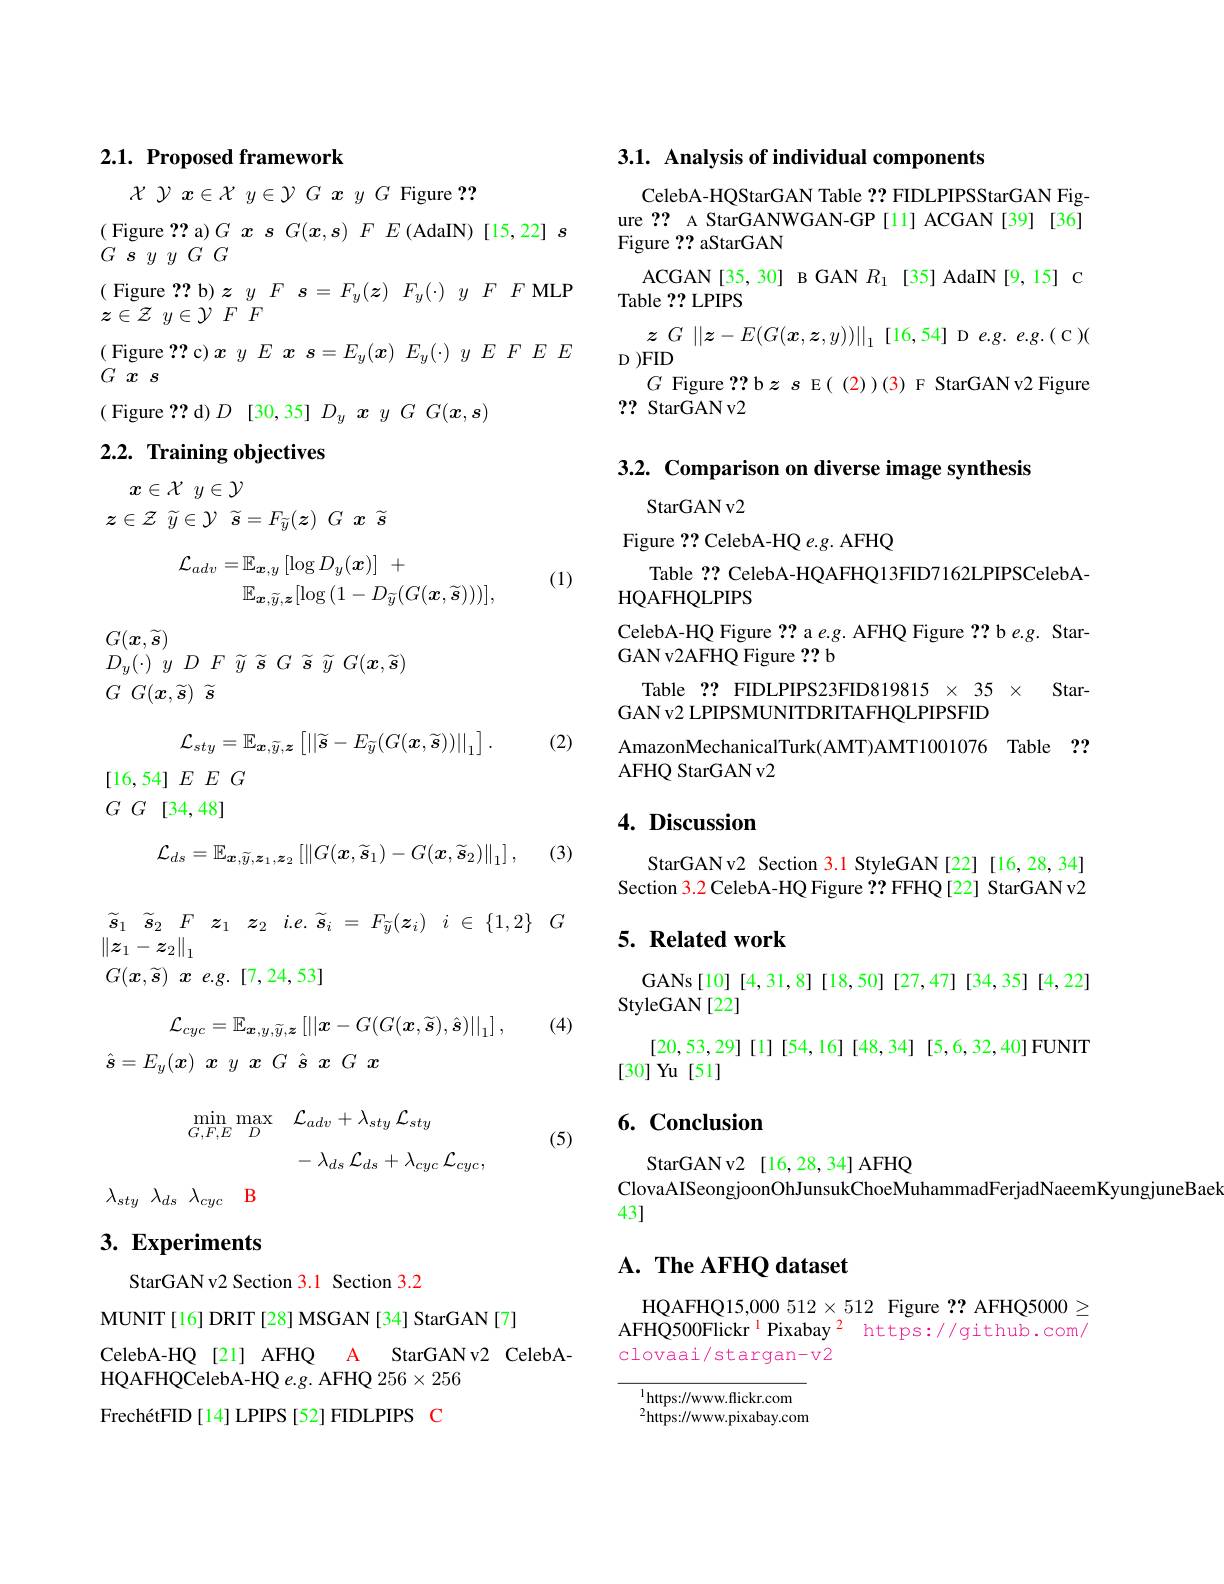
# 2.1. Proposed framework

$\chi$ $\gamma$ $x\in \mathcal{X}$ $y\in \mathcal{Y}$ $G$ $x$ $y$ $G$ Figure ??
( Figure ?? a) $G\textbf{xs}G( \boldsymbol{x}, \boldsymbol{s}) \textit{ F E ( AdaIN) [ 15, 22] }\boldsymbol{s}$
$\overset {\smile }{\operatorname* { G} }\overset {s}{\operatorname* { s} }y$ $y$ $G^{^{\prime }}G$
( Figure ?? b) $zyF\boldsymbol{s}=F_y(\boldsymbol{z})F_y(\cdot)yFF$ MLP
$z\in \mathcal{Z}$ $y\in \mathcal{Y}$ $F$ $F$
( Figure ?? c) $xyE\boldsymbol{x}s= E_y( \boldsymbol{x}) E_y( \cdot )$ yEFEE
Gxs
( Figure ?? d)$D$ [30,35] $D_y\textbf{x}y\textit{G G}( \boldsymbol{x}, \boldsymbol{s})$

## $2. 2. \textbf{Training objectives}$
$$\begin{aligned}&x\in\mathcal{X}\:y\in\mathcal{Y}\\&\in\mathcal{Z}\:\widetilde{y}\in\mathcal{Y}\:\widetilde{s}=F_{\widetilde{y}}(\boldsymbol{z})\:G\:\boldsymbol{x}\:\widetilde{s}\\&\mathcal{L}_{adv}=\mathbb{E}_{\boldsymbol{x},y}\left[\log D_{y}(\boldsymbol{x})\right]\:+\\&\mathbb{E}_{\boldsymbol{x},\widetilde{y},\boldsymbol{z}}[\log{(1-D_{\widetilde{y}}(G(\boldsymbol{x},\widetilde{\boldsymbol{s}})))}],\end{aligned}$$
(1)

$G(\boldsymbol{x},\widetilde{\boldsymbol{s}})$
$D_{y}( \cdot )$ $y$ $D$ $F$ $\widetilde{y}$ $\widetilde{s}$ $G$ $\widetilde{s}$ $\widetilde{y}$ $G( \boldsymbol{x}, \widetilde{s} )$

$G$ $G( \boldsymbol{x}, \widetilde{\boldsymbol{s}} )$ $\widetilde{\boldsymbol{s}}$

(2)
$$\mathcal{L}_{sty}=\mathbb{E}_{\boldsymbol{x},\widetilde{y},\boldsymbol{z}}\left[\left|\left|\widetilde{s}-E_{\widetilde{y}}(G(\boldsymbol{x},\widetilde{\boldsymbol{s}}))\right|\right|_{1}\right].$$
$[16,54]EEG$
$G$ $G$ [34,48]
$$\mathcal{L}_{ds}=\mathbb{E}_{\boldsymbol{x},\widetilde{y},\widetilde{\boldsymbol{z}}_{1},\boldsymbol{z}_{2}}\left[\left\|G(\boldsymbol{x},\widetilde{\boldsymbol{s}}_{1})-G(\boldsymbol{x},\widetilde{\boldsymbol{s}}_{2})\right\|_{1}\right],$$
(3)

$\widetilde{s} _{1}$ $\widetilde{s} _{2}$ $F$ $\boldsymbol{z}_{1}$ $\boldsymbol{z}_{2}$ $i. e. \widetilde{s} _{i}$ = $F_{\widetilde{y} }( \boldsymbol{z}_{i})$ $i$ $\in$ $\{ 1, 2\}$ $G$
$\left\|\boldsymbol{z}_1-\boldsymbol{z}_2\right\|_1$
$G( \boldsymbol{x}, \widetilde{\boldsymbol{s}} )$ $\boldsymbol{x}$ $e. g.$ [7,24,53]

(4)
$$\mathcal{L}_{cyc}=\mathbb{E}_{\boldsymbol{x},y,\widetilde{y},\boldsymbol{z}}\left[||\boldsymbol{x}-G(G(\boldsymbol{x},\widetilde{\boldsymbol{s}}),\hat{\boldsymbol{s}})||_{1}\right],$$
$\hat{\boldsymbol{s}} = E_{y}( \boldsymbol{x})$ $\boldsymbol{x}$ $y$ $\boldsymbol{x}$ $G$ $\hat{\boldsymbol{s}}$ $\boldsymbol{x}$ $G$ $\boldsymbol{x}$
$$\begin{aligned}\min_{G,F,E}\max_{D}&\mathcal{L}_{adv}+\lambda_{sty}\mathcal{L}_{sty}\\&-\lambda_{ds}\mathcal{L}_{ds}+\lambda_{cyc}\mathcal{L}_{cyc},\end{aligned}$$
(5)

$\lambda _{sty}$ $\lambda _{ds}$ $\lambda _{cyc}$ B

# 3. Experiments

StarGAN v2 Section 3.1 Section 3.2
MUNIT [16] DRIT [28] MSGAN [34] StarGAN [7]
CelebA-HQ [21] AFHQ A StarGANv2 CelebA-
HQAFHQCelebA- HQ e. g. AFHQ 256$\times$256
FrechétFID[14] LPIPS[52] FIDLPIPS C

# 3.1. Analysis of individual components

CelebA-HQStarGAN Table ?? FIDLPIPSStarGAN Figure ?? A StarGANWGAN-GP [11] ACGAN [39] [36] Figure ?? aStarGAN
ACGAN[35,30] B GAN $R_{1}$ [35] AdaIN[9,15] C
Table ?? LPIPS
$z$ $G$ $\| \boldsymbol{z}- E( G( \boldsymbol{x}, \boldsymbol{z}, y) ) \| _1$ [16,54]De.g.e.g.(C)(
$D)FID$
$G$ Figure ?? b$zs$ E( (2))(3) F StarGAN v2 Figure
?? StarGAN v2

3.2. Comparison on diverse image synthesis

StarGAN v2
Figure ?? CelebA-HQ e.g. AFHQ
Table ?? CelebA-HQAFHQ13FID7162LPIPSCelebA-
HQAFHQLPIPS
CelebA-HQ Figure ?? a e.g. AFHQ Figure ?? b e.g. Star-
GAN v2AFHQ Figure ?? b
Table 2? FIDLPIPS23FID819815 $\times$ 35 × Star-
GAN v2 LPIPSMUNITDRITAFHQLPIPSFID
AmazonMechanicalTurk(AMT)AMT1001076 Table ??
AFHQ StarGAN v2

# 4. Discussion

StarGANv2 Section 3.1 StyleGAN [22][16,28,34] Section 3.2 CelebA-HQ Figure ?? FFHQ [22] StarGAN v2

# 5. Related work

GANs[10][4,31,8][18,50][27,47][34,35][4,22]
StyleGAN[22]
[20,53,29] [1] [54,16] [48,34] [5,6,32,40] FUNIT
[30] Yu [51]

# 6. Conclusion

StarGANv2 [16,28,34] AFHQ
ClovaAISeongjoonOhJunsukChoeMuhammadFerjadNaeemKyungjuneBael
43]

## $\mathbf{A.~The~AFHQ~dataset}$

HQAFHQ15,000 $512\times512$ Figure ?? AFHQ5000$\geq$ AFHQ500Flickr$^{1}$ Pixabay$^2$ https://github.com/ clovaai/stargan-v2

$^{1}$https://www.flickr.com

$^{2}{\mathrm{https://www.pixabay.com}}$